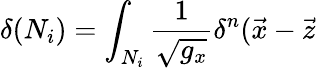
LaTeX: \delta(N_{i})=\int_{N_{i}}\frac 1{\sqrt{g_{x}}}\delta^{n}(\vec{x}-\vec{z}